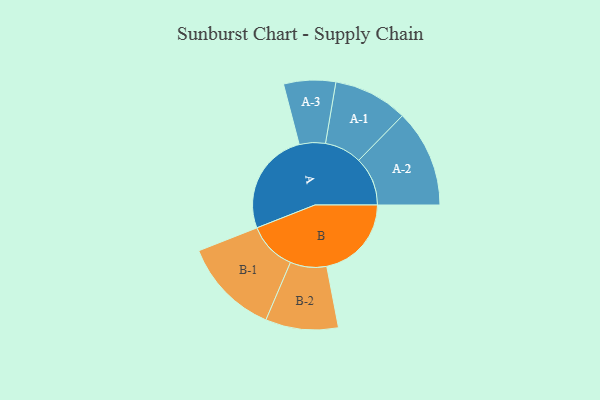
{"axis": {"x": "Segment", "y": "Value"}, "legend": ["", "A", "B"], "data": [{"x": "A", "y": 399, "type": ""}, {"x": "B", "y": 326, "type": ""}, {"x": "A-1", "y": 143, "type": "A"}, {"x": "A-2", "y": 188, "type": "A"}, {"x": "A-3", "y": 100, "type": "A"}, {"x": "B-1", "y": 187, "type": "B"}, {"x": "B-2", "y": 140, "type": "B"}]}